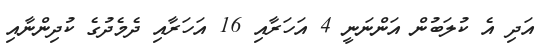
އަދި އެ ކުލަބުން އަންނަނީ 4 އަހަރާއި 16 އަހަރާއި ދެމެދުގެ ކުދިންނާއި